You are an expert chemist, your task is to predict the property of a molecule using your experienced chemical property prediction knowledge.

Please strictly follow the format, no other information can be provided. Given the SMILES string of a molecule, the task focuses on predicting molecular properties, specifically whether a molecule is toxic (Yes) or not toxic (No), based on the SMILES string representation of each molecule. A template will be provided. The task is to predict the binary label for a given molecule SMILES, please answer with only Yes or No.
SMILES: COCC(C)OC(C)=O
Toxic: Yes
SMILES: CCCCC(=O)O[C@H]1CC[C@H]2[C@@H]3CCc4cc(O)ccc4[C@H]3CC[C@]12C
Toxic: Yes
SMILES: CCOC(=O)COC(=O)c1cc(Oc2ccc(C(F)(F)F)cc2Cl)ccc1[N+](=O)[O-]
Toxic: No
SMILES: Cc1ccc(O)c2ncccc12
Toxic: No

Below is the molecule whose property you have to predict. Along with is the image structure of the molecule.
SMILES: COP(=O)(OC)OC(c1ccc(Cl)cc1)P(=O)(OC)OC
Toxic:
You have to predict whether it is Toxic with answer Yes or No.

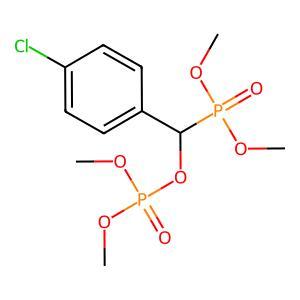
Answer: No